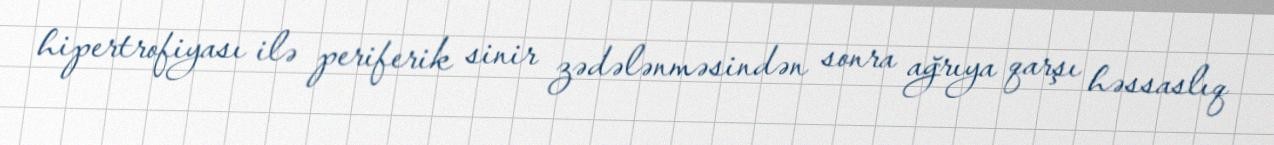
hipertrofiyası ilə periferik sinir zədələnməsindən sonra ağrıya qarşı həssaslıq